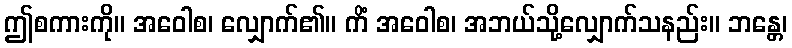
ဤစကားကို။ အဝေါစ၊ လျှောက်၏။ ကိံ အဝေါစ၊ အဘယ်သို့လျှောက်သနည်း။ ဘန္တေ၊